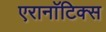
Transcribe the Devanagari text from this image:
एरानाॅटिक्स